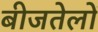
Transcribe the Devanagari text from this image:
बीजतेलों